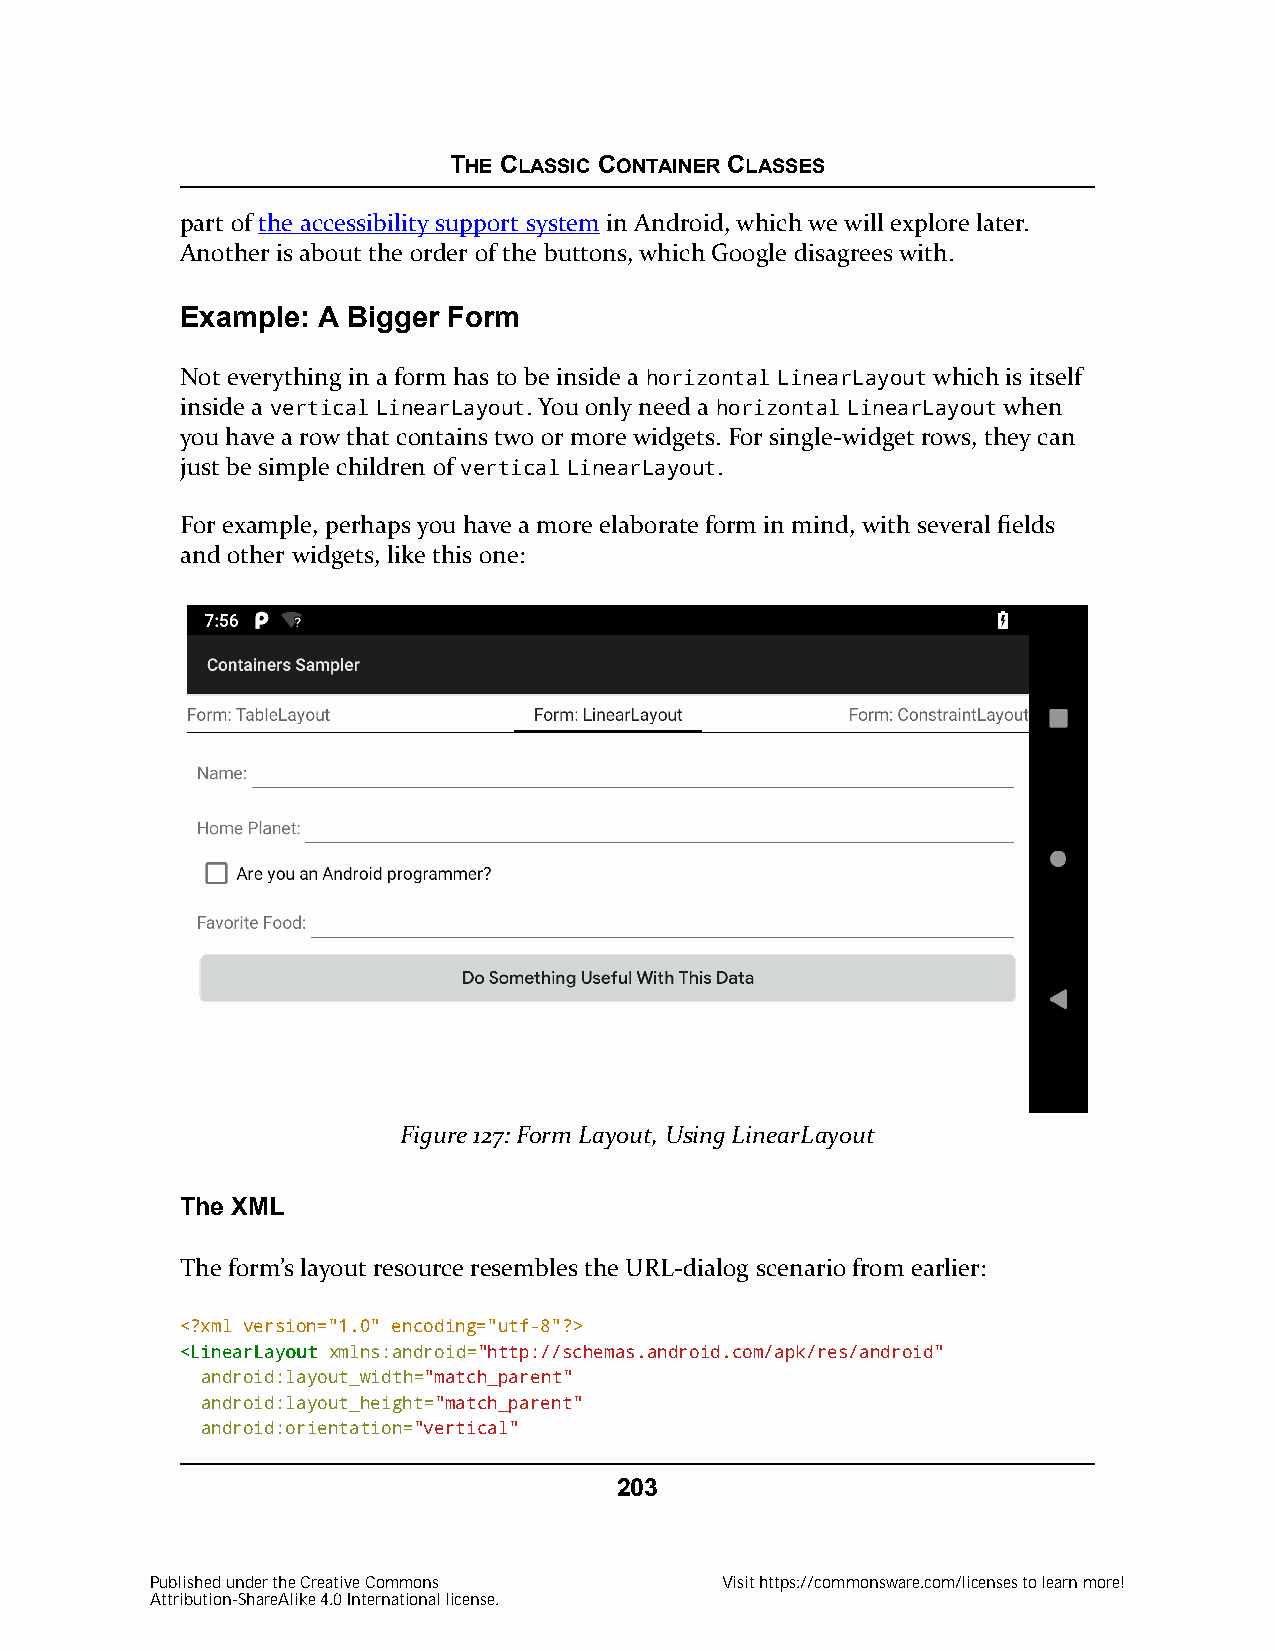
THE CLASSIC CONTAINER CLASSES
 part of the accessibility support system in Android, which we will explore later.
 Another is about the order of the buttons, which Google disagrees with.
 Example: A Bigger Form
 Not everything in a form has to be inside a horizontal LinearLayout which is itself
 inside a vertical LinearLayout. You only need a horizontal LinearLayout when
 you have a row that contains two or more widgets. For single-widget rows, they can
 just be simple children of vertical LinearLayout.
 For example, perhaps you have a more elaborate form in mind, with several fields
 and other widgets, like this one:
 Figure 127: Form Layout, Using LinearLayout
 The XML
 The form’s layout resource resembles the URL-dialog scenario from earlier:
 <?xml version="1.0" encoding="utf-8"?>
 <<LLiinneeaarrLLaayyoouutt xmlns:android="http://schemas.android.com/apk/res/android"
 android:layout_width="match_parent"
 android:layout_height="match_parent"
 android:orientation="vertical"
 203
 Published under the Creative Commons  Visit https://commonsware.com/licenses to learn more!
 Attribution-ShareAlike 4.0 International license.